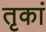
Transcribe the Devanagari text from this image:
तृकां